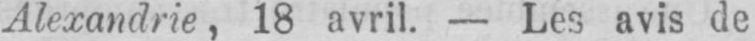
Alexandrie, 18 avril. - Les avis de